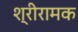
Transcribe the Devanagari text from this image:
श्रीरामक